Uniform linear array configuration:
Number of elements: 12
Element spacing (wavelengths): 0.75
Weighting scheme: binomial
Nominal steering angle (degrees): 30
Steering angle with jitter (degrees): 31.35
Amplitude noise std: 0.05
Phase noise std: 0.05

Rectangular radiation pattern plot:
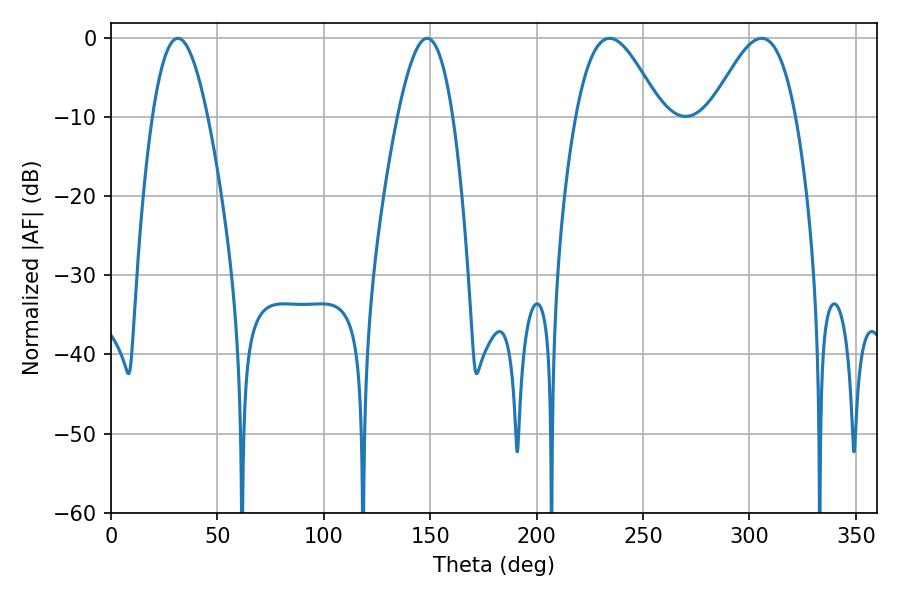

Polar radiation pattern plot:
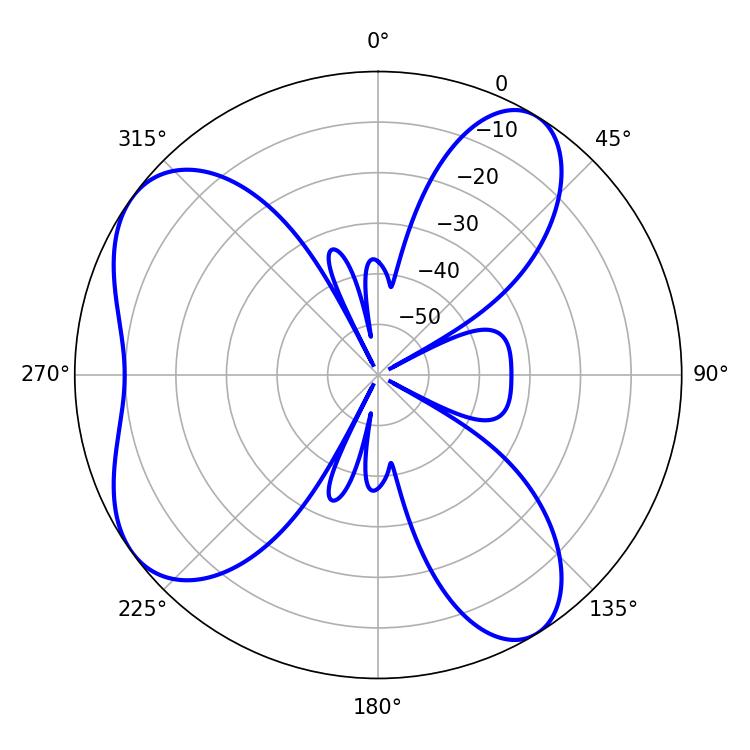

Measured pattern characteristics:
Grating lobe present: TRUE
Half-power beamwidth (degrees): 21.42
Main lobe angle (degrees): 234.36